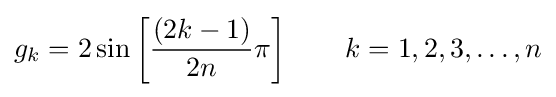
g_{k}=2\sin \left[{\frac {(2k-1)}{2n}}\pi \right]\qquad k=1,2,3,\ldots ,n